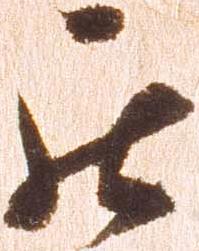
罷